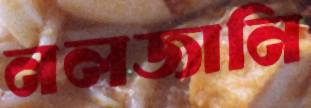
নলজানি